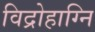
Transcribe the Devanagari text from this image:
विद्रोहाग्नि